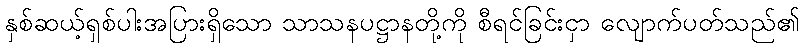
နှစ်ဆယ့်ရှစ်ပါးအပြားရှိသော သာသနပဋ္ဌာနတို့ကို စီရင်ခြင်းငှာ လျောက်ပတ်သည်၏